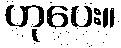
ဟုပေး။